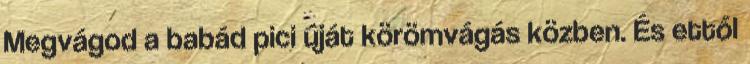
Megvágod a babád pici úját körömvágás közben. És ettől